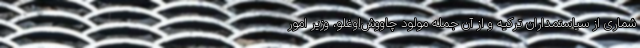
شماری از سیاستمداران ترکیه و از آن جمله مولود چاووش‌اوغلو، وزیر امور